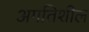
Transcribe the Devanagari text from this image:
अगतिशील